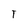
Character: T